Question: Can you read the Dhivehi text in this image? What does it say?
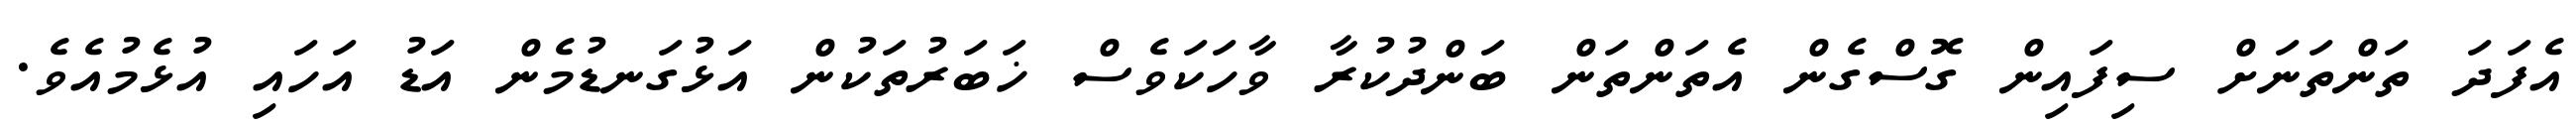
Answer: އެފަދަ ތަންތަނަށް ސިފައިން ގޮސްގެން އެތަންތަން ބަންދުކުރާ ވާހަކަވެސް ޚަބަރުތަކުން އަޅުގަނޑުމެން އަޑު އަހައި އުޅެމުއެވެ.